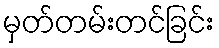
မှတ်တမ်းတင်ခြင်း